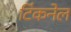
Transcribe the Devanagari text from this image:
टिंकनेल